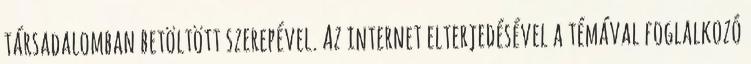
társadalomban betöltött szerepével. Az internet elterjedésével a témával foglalkozó